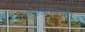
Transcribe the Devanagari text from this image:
संमेलनातही